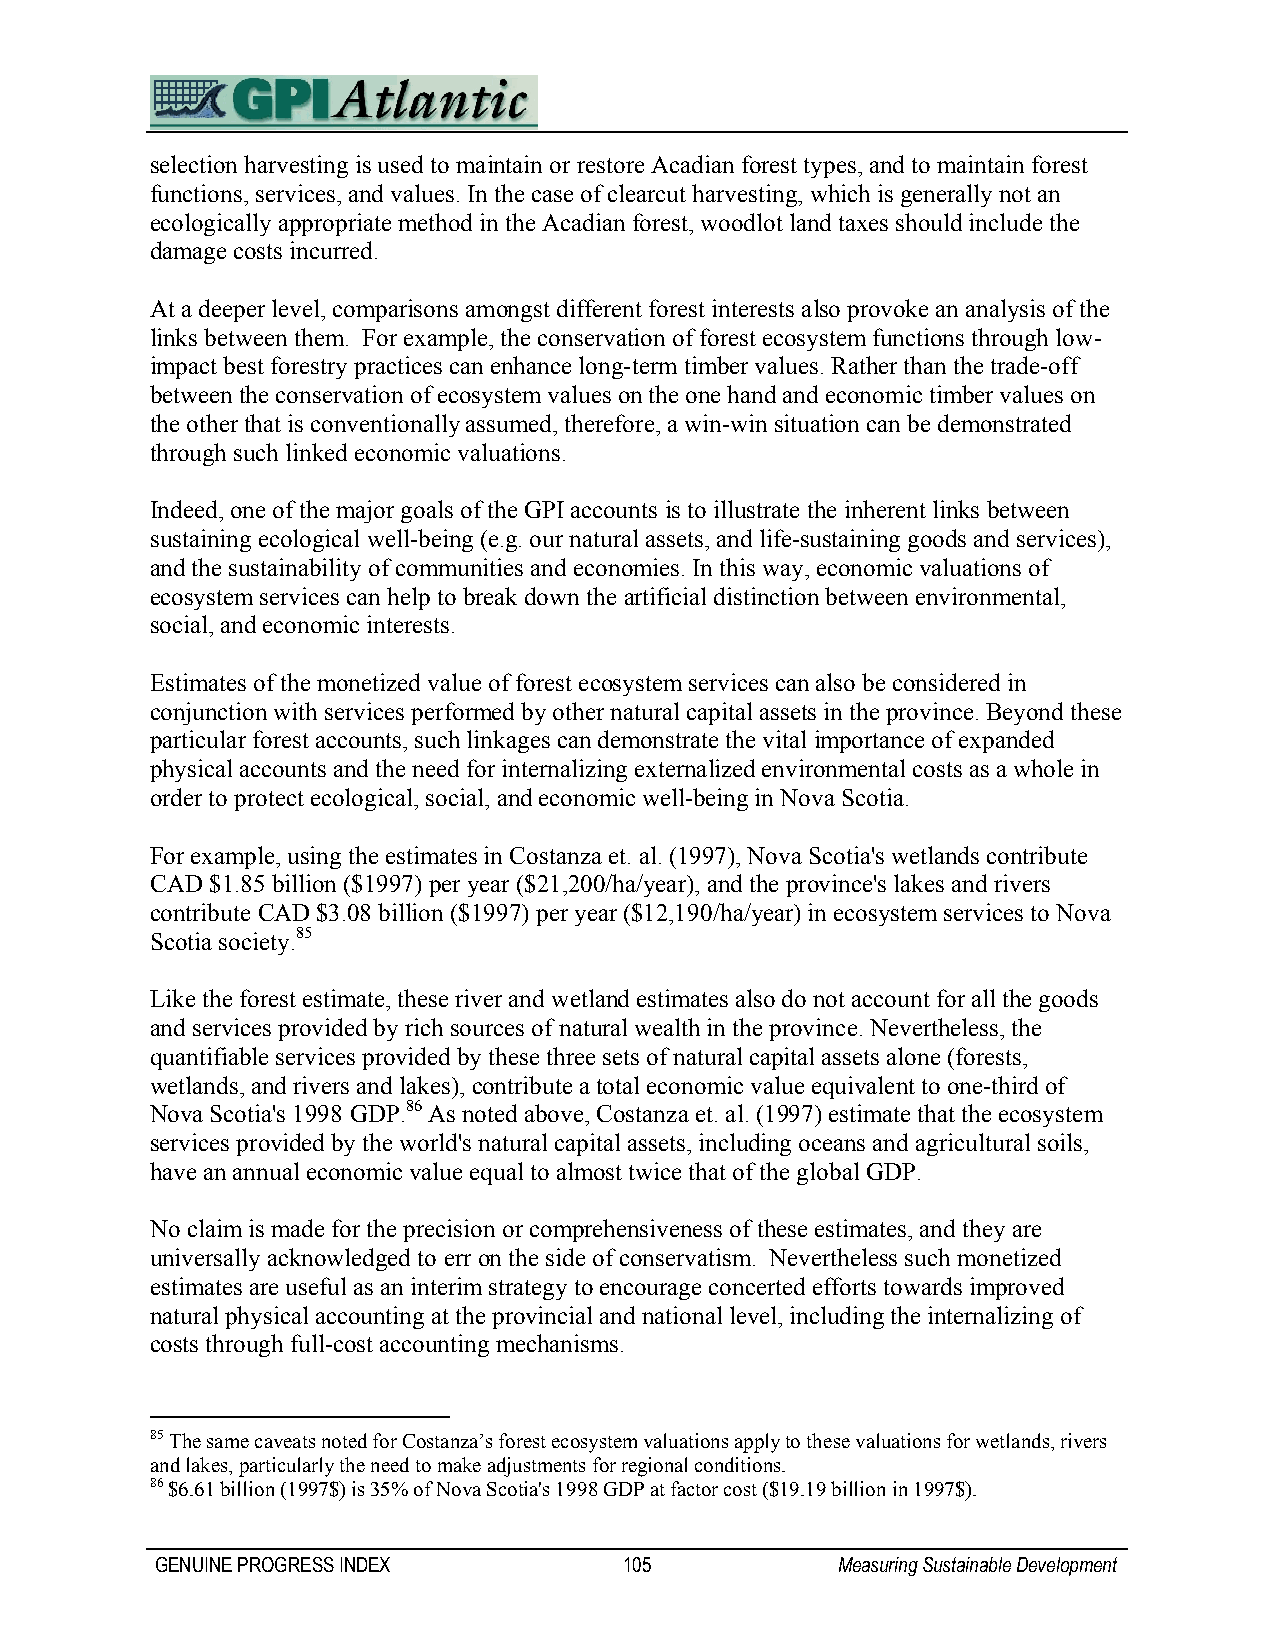
selection harvesting is used to maintain or restore Acadian forest types, and to maintain forest
 functions, services, and values. In the case of clearcut harvesting, which is generally not an
 ecologically appropriate method in the Acadian forest, woodlot land taxes should include the
 damage costs incurred.
 At a deeper level, comparisons amongst different forest interests also provoke an analysis of the
 links between them. For example, the conservation of forest ecosystem functions through low-
 impact best forestry practices can enhance long-term timber values. Rather than the trade-off
 between the conservation of ecosystem values on the one hand and economic timber values on
 the other that is conventionally assumed, therefore, a win-win situation can be demonstrated
 through such linked economic valuations.
 Indeed, one of the major goals of the GPI accounts is to illustrate the inherent links between
 sustaining ecological well-being (e.g. our natural assets, and life-sustaining goods and services),
 and the sustainability of communities and economies. In this way, economic valuations of
 ecosystem services can help to break down the artificial distinction between environmental,
 social, and economic interests.
 Estimates of the monetized value of forest ecosystem services can also be considered in
 conjunction with services performed by other natural capital assets in the province. Beyond these
 particular forest accounts, such linkages can demonstrate the vital importance of expanded
 physical accounts and the need for internalizing externalized environmental costs as a whole in
 order to protect ecological, social, and economic well-being in Nova Scotia.
 For example, using the estimates in Costanza et. al. (1997), Nova Scotia's wetlands contribute
 CAD $1.85 billion ($1997) per year ($21,200/ha/year), and the province's lakes and rivers
 contribute CAD $3.08 billion ($1997) per year ($12,190/ha/year) in ecosystem services to Nova
 Scotia society.85
 Like the forest estimate, these river and wetland estimates also do not account for all the goods
 and services provided by rich sources of natural wealth in the province. Nevertheless, the
 quantifiable services provided by these three sets of natural capital assets alone (forests,
 wetlands, and rivers and lakes), contribute a total economic value equivalent to one-third of
 Nova Scotia's 1998 GDP.86 As noted above, Costanza et. al. (1997) estimate that the ecosystem
 services provided by the world's natural capital assets, including oceans and agricultural soils,
 have an annual economic value equal to almost twice that of the global GDP.
 No claim is made for the precision or comprehensiveness of these estimates, and they are
 universally acknowledged to err on the side of conservatism. Nevertheless such monetized
 estimates are useful as an interim strategy to encourage concerted efforts towards improved
 natural physical accounting at the provincial and national level, including the internalizing of
 costs through full-cost accounting mechanisms.
 85 The same caveats noted for Costanza’s forest ecosystem valuations apply to these valuations for wetlands, rivers
 and lakes, particularly the need to make adjustments for regional conditions.
 86 $6.61 billion (1997$) is 35% of Nova Scotia's 1998 GDP at factor cost ($19.19 billion in 1997$).
 GENUINE PROGRESS INDEX         105           Measuring Sustainable Development